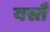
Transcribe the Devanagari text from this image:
यस्तै